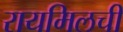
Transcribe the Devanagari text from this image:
रायमिलची